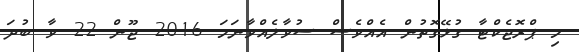
މި ޕްރޮޖެކްޓާ ގުޅޭގޮތުން އެއްވެސް ސުވާލެއްވާނަމަ 2016 ޖޫން 22 ވާ ބުދަ